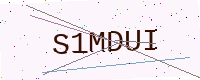
Text: S1MDUI